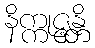
နိက္ကုဇ္ဇန္တိ